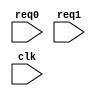
//Scoreboard
module scoreboard (req0, req1, clk);

input  req0, req1, clk;

wire  sb_gnt0, sb_gnt1;
reg    [1:0] sb_state;

assign  sb_gnt0 = sb_state[0];
assign  sb_gnt1 = sb_state[1];

//This code do not need to be RTL. No synthesis rules.
always @(posedge clk)
begin

  if (req0 == 1'b1 && sb_state[1:0] != 2'b10) begin 
    sb_state[1:0] = 2'b01;
  end
  else if (req1 == 1'b1 && sb_state[1:0] != 2'b01) begin
    sb_state[1:0] = 2'b10;
  end
  else begin
    sb_state[1:0] = 2'b00;
  end

end

endmodule